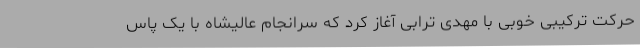
حرکت ترکیبی خوبی با مهدی ترابی آغاز کرد که سرانجام عالیشاه با یک پاس